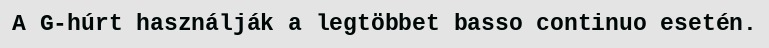
A G-húrt használják a legtöbbet basso continuo esetén.